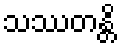
သဿတန္တိ